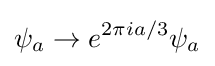
\psi _{a}\to e^{2\pi ia/3}\psi _{a}